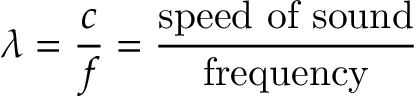
\lambda = { \frac { c } { f } } = { \frac { \mathrm { s p e e d ~ o f ~ s o u n d } } { \mathrm { f r e q u e n c y } } }